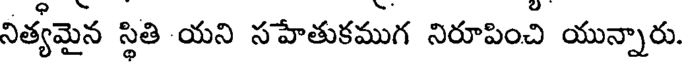
నిత్యమైన స్థితి యని సహేతుకముగ నిరూపించి యున్నారు.